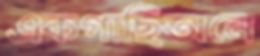
একগাছিঅনে